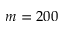
m = 2 0 0